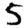
Digit: 5